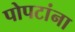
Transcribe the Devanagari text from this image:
पोपटांना